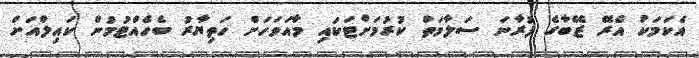
އެކަމަކު އެރޭ ޒޭބާގެ ފުރާނަ ސަލާމަތް ކުރުމަށްޓަކައި މާއަވަހަށް ހަތިޔާރު ބެހެއްޓުމުން ކައިލްއަށް